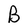
Character: B